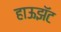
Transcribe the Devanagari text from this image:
हाऊझॅट